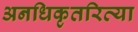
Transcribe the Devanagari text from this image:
अनधिकृतरित्या